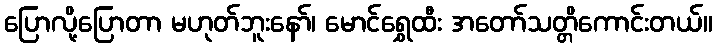
ပြောလို့ပြောတာ မဟုတ်ဘူးနော်၊ မောင်ရွှေထီး အတော်သတ္တိကောင်းတယ်။